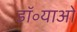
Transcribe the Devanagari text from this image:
डॉ॰याओ